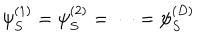
\psi _ { S } ^ { ( 1 ) } = \psi _ { S } ^ { ( 2 ) } = \cdots = \psi _ { S } ^ { ( D ) }